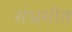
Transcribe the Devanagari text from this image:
संभ्रमीत